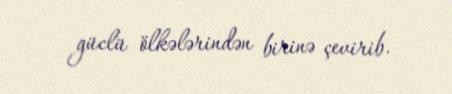
güclü ölkələrindən birinə çevirib.